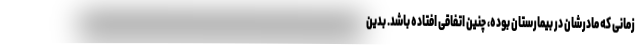
زمانی که مادرشان در بیمارستان بوده، چنین اتفاقی افتاده باشد. بدین